Indian journal of veterinary science and animal husbandry - Volume 11,
Year: 1941
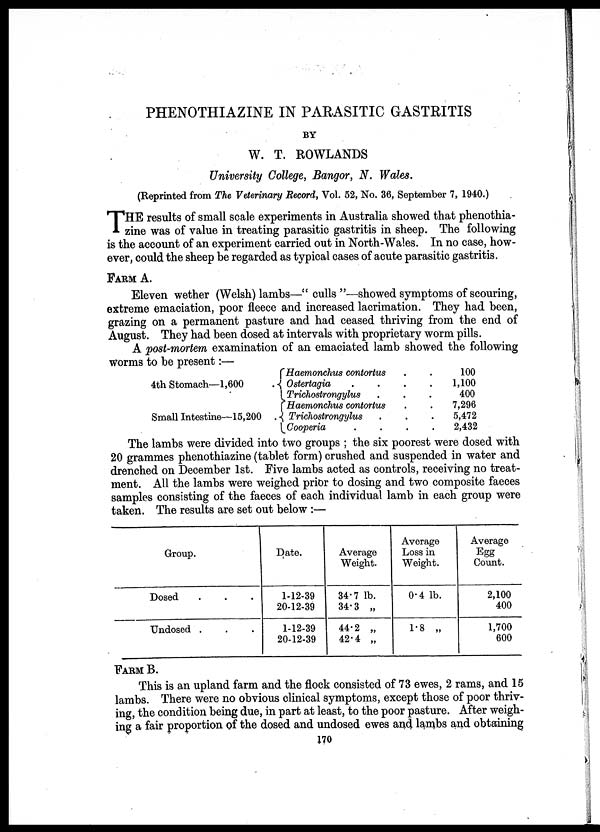
PHENOTHIAZINE IN PARASITIC GASTRITIS
BY
W. T. ROWLANDS
University College, Bangor, N. Wales.
(Reprinted from The Veterinary Record, Vol. 52, No. 36, September 7, 1940.)
T HE results of small scale experiments in Australia showed that phenothia-
zine was of value in treating parasitic gastritis in sheep. The following
is the account of an experiment carried out in North-Wales. In no case, how-
ever, could the sheep be regarded as typical cases of acute parasitic gastritis.
FARM A.
Eleven wether (Welsh) lambs—"culls"—showed symptoms of scouring,
extreme emaciation, poor fleece and increased lacrimation. They had been,
grazing on a permanent pasture and had ceased thriving from the end of
August. They had been dosed at intervals with proprietary worm pills.
A post-mortem examination of an emaciated lamb showed the following
worms to be present:—
4th Stomach—1,600 .
Small Intestine—15,200 .
Haemonchus contortus
.
.
Ostertagia
.
.
.
.
Trichostrongylus
.
.
.
Haemonchus contortus
.
.
Trichostrongylus
.
.
.
Cooperia
.
.
.
.
100
1,100
400
7,296
5,472
2,432
The lambs were divided into two groups ; the six poorest were dosed with
20 grammes phenothiazine (tablet form) crushed and suspended in water and
drenched on December 1st. Five lambs acted as controls, receiving no treat-
ment. All the lambs were weighed prior to dosing and two composite faeces
samples consisting of the faeces of each individual lamb in each group were
taken. The results are set out below :—
Group.
Dosed . . .
Unclosed . . .
Date.
1-12-39
20-12-39
1-12-39
20-12-39
Average
Weight.
34.7 lb.
34.3 „
44.2 „
42.4 „
Average
Loss in
Weight.
0.4 lb.
1.8 „
Average
Egg
Count.
2,100
400
1,700
600
FARM B.
This is an upland farm and the flock consisted of 73 ewes, 2 rams, and 15
lambs. There were no obvious clinical symptoms, except those of poor thriv-
ing, the condition being due, in part at least, to the poor pasture. After weigh-
ing a fair proportion of the dosed and undosed ewes and lambs and obtaining
170